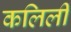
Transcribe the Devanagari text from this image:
कलिली